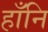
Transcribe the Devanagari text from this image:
हाँनि